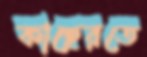
কাছেরতে